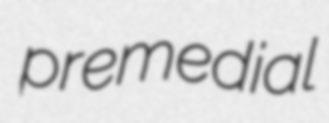
premedial